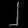
Digit: ၂